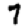
Digit: 7